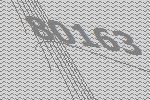
80163